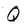
Character: Q